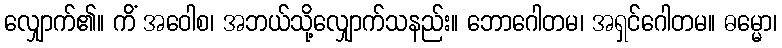
လျှောက်၏။ ကိံ အဝေါစ၊ အဘယ်သို့လျှောက်သနည်း။ ဘောဂေါတမ၊ အရှင်ဂေါတမ။ ဓမ္မော၊